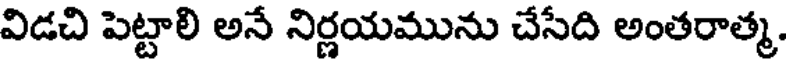
విడచి పెట్టాలి అనే నిర్ణయమును చేసేది అంతరాత్మ.